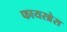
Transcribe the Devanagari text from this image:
फायरब्रेस